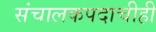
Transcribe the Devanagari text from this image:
संचालकपदाचीही